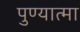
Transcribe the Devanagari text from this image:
पुण्‍यात्‍मा